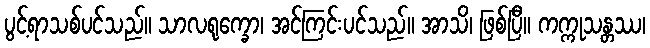
ပွင့်ရာသစ်ပင်သည်။ သာလရုက္ခော၊ အင်ကြင်းပင်သည်။ အာသိ၊ ဖြစ်ပြီ။ ကက္ကုသန္တဿ၊